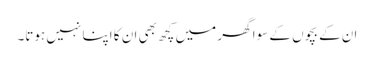
ان کے بچوں کے سوا گھر میں کچھ بھی ان کا اپنا نہیں ہوتا۔